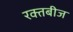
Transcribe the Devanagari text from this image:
रक्‍तबीज